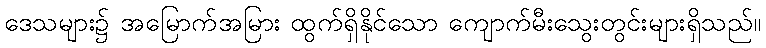
ဒေသများ၌ အမြောက်အမြား ထွက်ရှိနိုင်သော ကျောက်မီးသွေးတွင်းများရှိသည်။